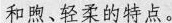
和煦、轻柔的特点。